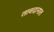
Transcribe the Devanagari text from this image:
तावदानात